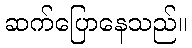
ဆက်ပြောနေသည်။